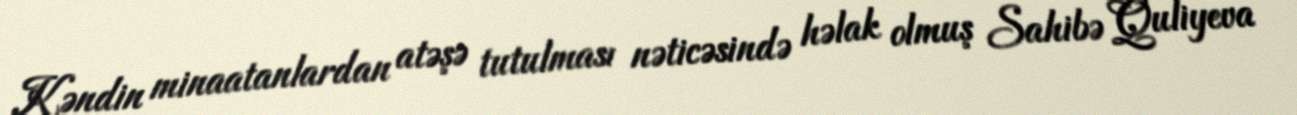
Kəndin minaatanlardan atəşə tutulması nəticəsində həlak olmuş Sahibə Quliyeva